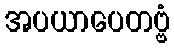
အပယာပေတဗ္ဗံ